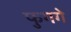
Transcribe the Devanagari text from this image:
फुगगे